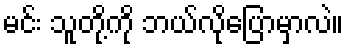
မင်း သူတို့ကို ဘယ်လိုပြောမှာလဲ။